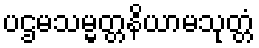
ပဌမသမ္မတ္တနိယာမသုတ္တံ